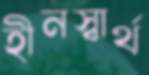
হীনস্বার্থ